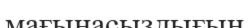
мағынасыздығын